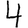
Digit: 4